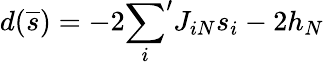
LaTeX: d(\overline{s})=-2{\sum_{i}}^{\prime}J_{iN}s_{i}-2h_{N}